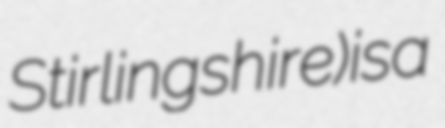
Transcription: Stirlingshire) is a